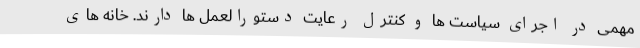
مهمی در اجرای سیاست ها و کنترل رعایت دستورالعمل ها دارند. خانه های